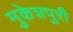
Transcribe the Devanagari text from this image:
मुकेशपुरी